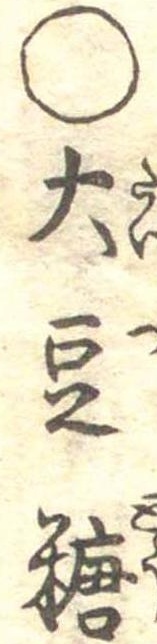
○大豆糖